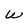
Character: W